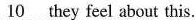
\underline{10} they feel about this.